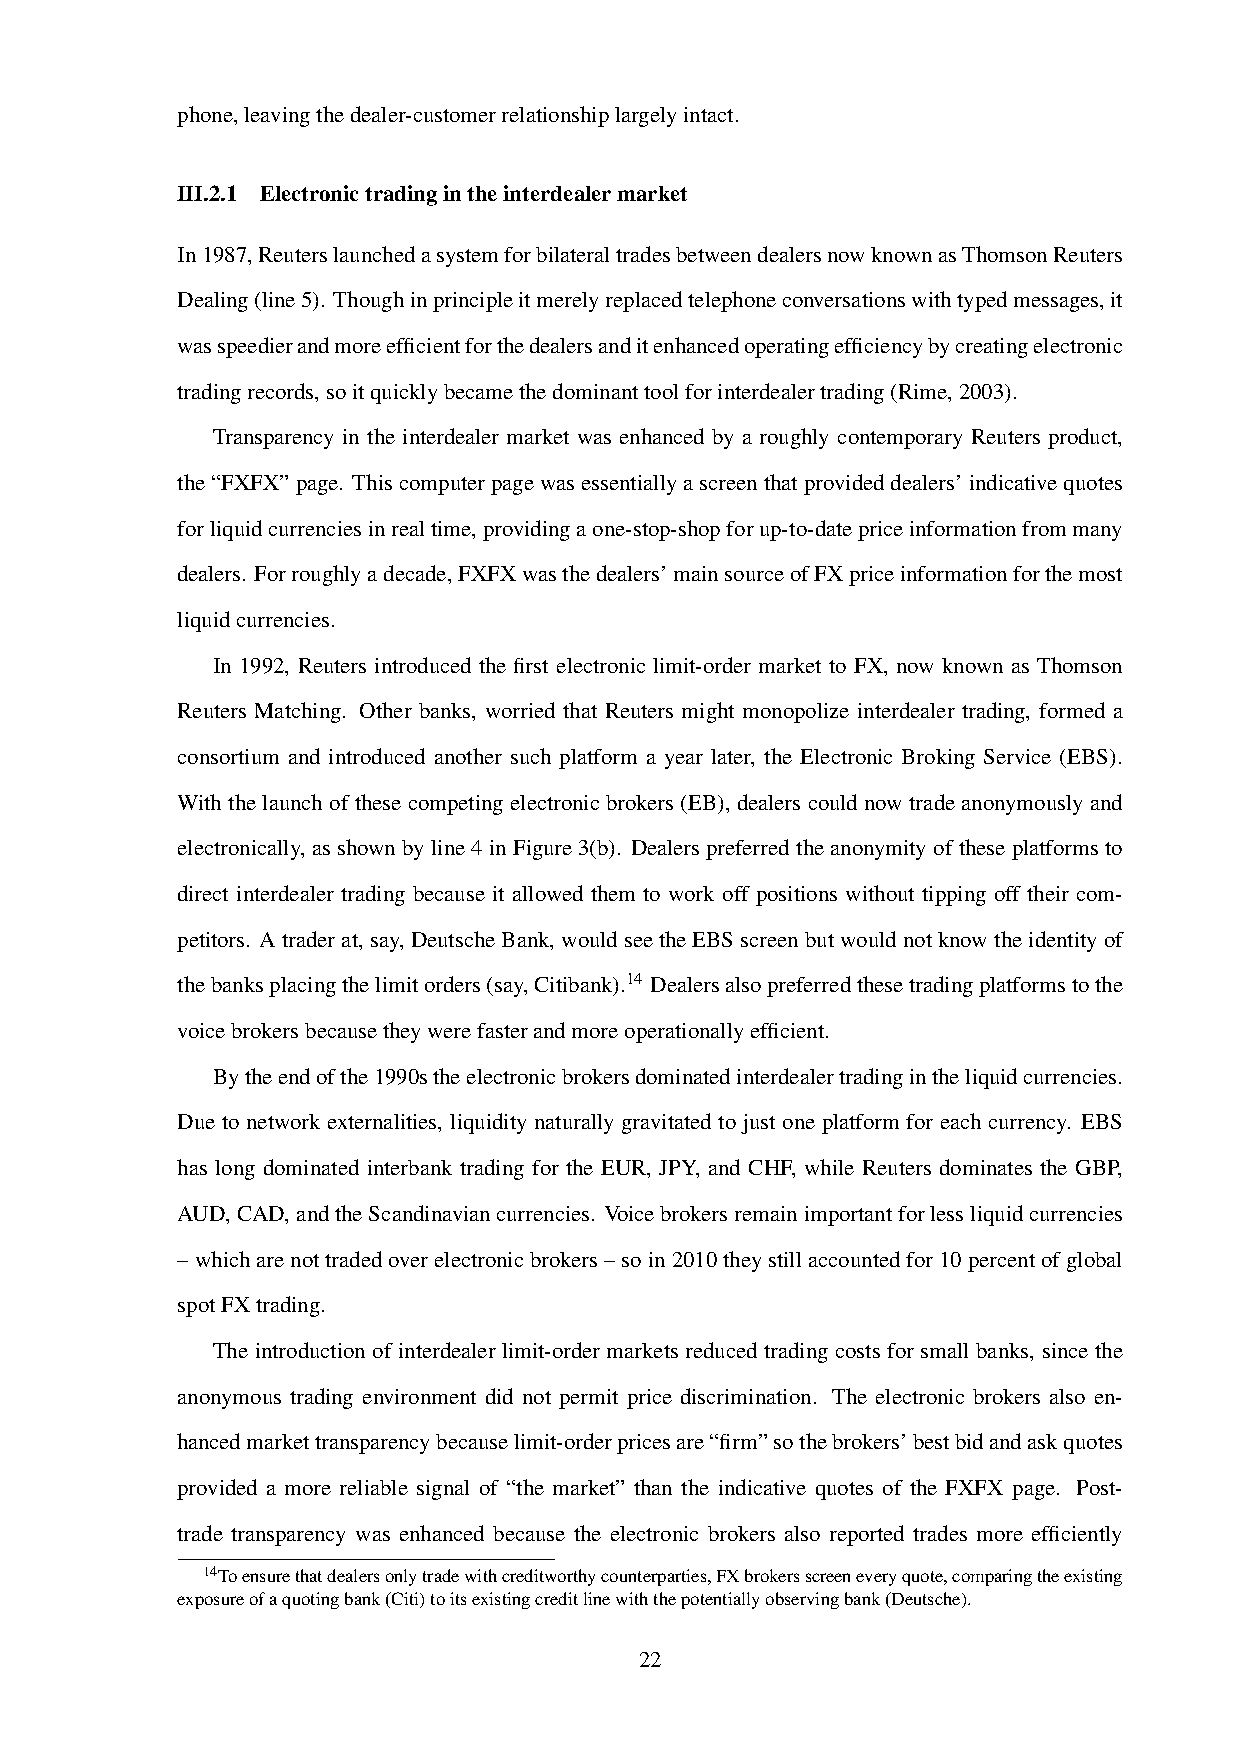
phone,leavingthedealer-customerrelationshiplargelyintact.
 III.2.1 Electronictradingintheinterdealermarket
 In1987,ReuterslaunchedasystemforbilateraltradesbetweendealersnowknownasThomsonReuters
 Dealing(line5). Thoughinprincipleitmerelyreplacedtelephoneconversationswithtypedmessages,it
 wasspeedierandmoreefficientforthedealersanditenhancedoperatingefficiencybycreatingelectronic
 tradingrecords,soitquicklybecamethedominanttoolforinterdealertrading(Rime,2003).
 Transparency in the interdealer market was enhanced by a roughly contemporary Reuters product,
 the“FXFX”page. Thiscomputerpagewasessentiallyascreenthatprovideddealers’indicativequotes
 forliquidcurrenciesinrealtime,providingaone-stop-shopforup-to-datepriceinformationfrommany
 dealers. Forroughlyadecade,FXFXwasthedealers’mainsourceofFXpriceinformationforthemost
 liquidcurrencies.
 In 1992, Reuters introduced the first electronic limit-order market to FX, now known as Thomson
 Reuters Matching. Other banks, worried that Reuters might monopolize interdealer trading, formed a
 consortium and introduced another such platform a year later, the Electronic Broking Service (EBS).
 With the launch of these competing electronic brokers (EB), dealers could now trade anonymously and
 electronically, asshownbyline 4inFigure3(b). Dealerspreferred theanonymityofthese platformsto
 direct interdealer trading because it allowed them to work off positions without tipping off their com-
 petitors. Atraderat, say, DeutscheBank, wouldseetheEBSscreenbutwouldnotknowtheidentityof
 thebanksplacingthelimitorders(say,Citibank).14 Dealersalsopreferredthesetradingplatformstothe
 voicebrokersbecausetheywerefasterandmoreoperationallyefficient.
 Bytheendofthe1990stheelectronicbrokersdominatedinterdealertradingintheliquidcurrencies.
 Due to network externalities, liquidity naturally gravitated to just one platform for each currency. EBS
 has long dominated interbank trading for the EUR, JPY, and CHF, while Reuters dominates the GBP,
 AUD,CAD,andtheScandinaviancurrencies. Voicebrokersremainimportantforlessliquidcurrencies
 –whicharenottradedoverelectronicbrokers–soin2010theystillaccountedfor10percentofglobal
 spotFXtrading.
 The introduction of interdealer limit-order markets reduced trading costs for small banks, since the
 anonymous trading environment did not permit price discrimination. The electronic brokers also en-
 hancedmarkettransparencybecauselimit-orderpricesare“firm”sothebrokers’bestbidandaskquotes
 provided a more reliable signal of “the market” than the indicative quotes of the FXFX page. Post-
 trade transparency was enhanced because the electronic brokers also reported trades more efficiently
 14Toensurethatdealersonlytradewithcreditworthycounterparties,FXbrokersscreeneveryquote,comparingtheexisting
 exposureofaquotingbank(Citi)toitsexistingcreditlinewiththepotentiallyobservingbank(Deutsche).
 22